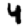
Digit: 4